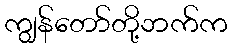
ကျွန်တော်တို့ဘက်က